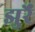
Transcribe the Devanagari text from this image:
झुर्रें